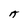
Character: A